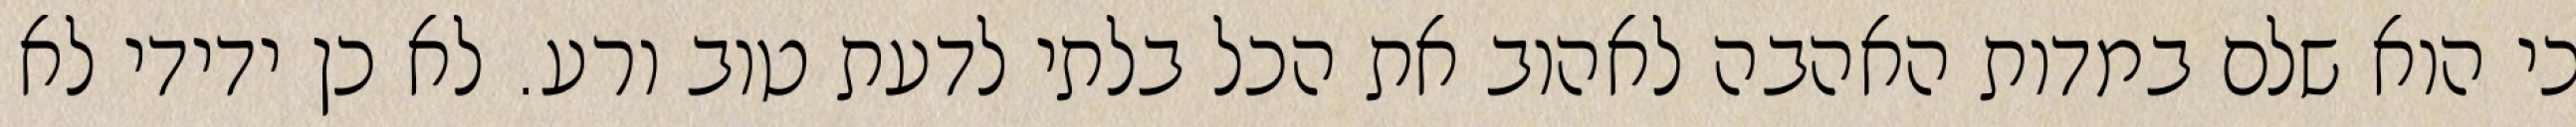
כי הוא שלם במדות האהבה לאהוב את הכל בלתי לדעת טוב ורע. לא כן ידידי לא